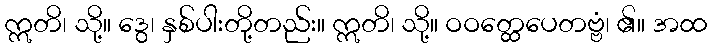
ဣတိ၊ သို့။ ဒွေ၊ နှစ်ပါးတို့တည်း။ ဣတိ၊ သို့။ ဝဝတ္ထေပေတဗ္ဗံ၊ ၏။ အထ